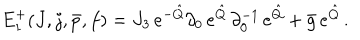
LaTeX: E _ { 1 } ^ { + } ( J , j , \bar { p } , f ) = J _ { 3 } \, e ^ { - \hat { Q } } \partial _ { 0 } \, e ^ { \hat { Q } } \, \partial _ { 0 } ^ { - 1 } \, e ^ { \hat { Q } } + \bar { g } \, e ^ { \hat { Q } } \, .